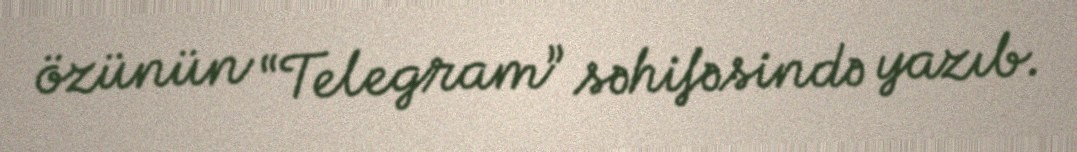
özünün “Telegram” səhifəsində yazıb.